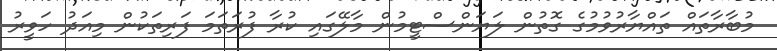
މުބާރާތައް ތައްޔާރުވުމުގެ ގޮތުން ލަޔަންސްޓީމުން މާލޭގައި ކުރާ ފުރަތަމަ ފަރިތަކުން މިއަދު ހަވީރު